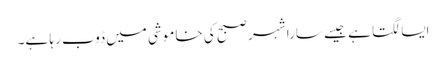
ایسا لگتا ہے جیسے سارا شہر صبح کی خاموشی میں ڈوب رہا ہے۔